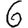
Digit: 6